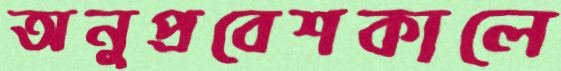
অনুপ্রবেশকালে